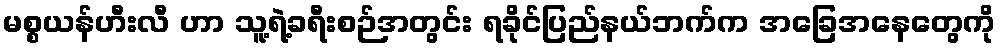
မစ္စယန်ဟီးလီ ဟာ သူ့ရဲ့ခရီးစဉ်အတွင်း ရခိုင်ပြည်နယ်ဘက်က အခြေအနေတွေကို